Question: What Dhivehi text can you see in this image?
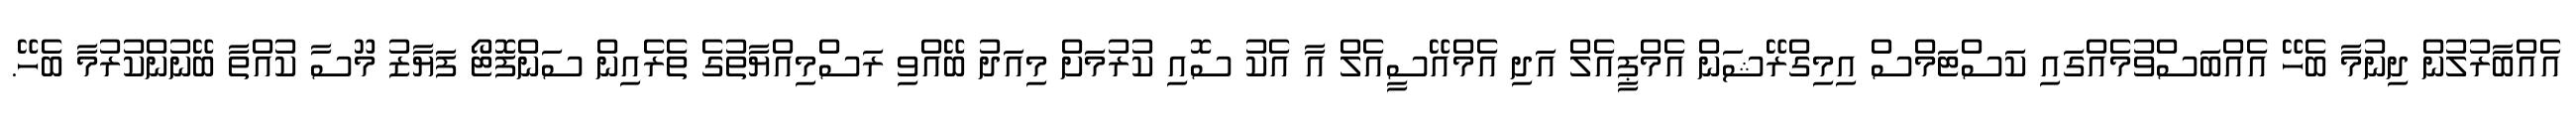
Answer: އެއްބާރުލުން ދިނުމާ ބެހޭ އެއްބަސްވުމެއްގައި ކަސްޓަމްސް އިމިގްރޭޝަން އެމްޕީއެލް އަދި އެމްއޭސީއެލް އާ އެކު ސޮއި ކުރުމަށް މިއަދު ބޭއްވި ރަސްމިއްޔާތުގެ ތެރެއިން ސަންފޮޓޯ ފަޔާޒު މޫސާ ކުއްތާ ބޭނުންކުރުމާ ބެހޭ.